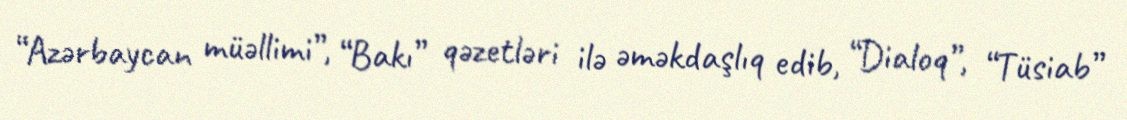
“Azərbaycan müəllimi”, “Bakı” qəzetləri ilə əməkdaşlıq edib, “Dialoq”, “Tüsiab”